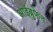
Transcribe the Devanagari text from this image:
आईब्रुफेन